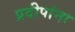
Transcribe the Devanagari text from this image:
प्रदीपांना